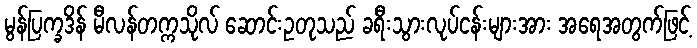
မွန်ပြက္ခဒိန် မီလန်တက္ကသိုလ် ဆောင်းဥတုသည် ခရီးသွားလုပ်ငန်းများအား အရေအတွက်ဖြင့်